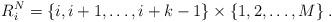
LaTeX: \begin{align*}R_i^N=\{i,i+1,\dots, i+k-1\}\times\{1,2,\dots,M\}\:.\end{align*}